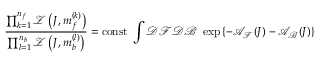
\frac { \prod _ { k = 1 } ^ { n _ { f } } { \mathcal { Z } } \left( J , m _ { f } ^ { ( k ) } \right) } { \prod _ { l = 1 } ^ { n _ { b } } { \mathcal { Z } } \left( J , m _ { b } ^ { ( l ) } \right) } = \mathrm { c o n s t } \; \int { \mathcal { D } } { \mathcal { F } } { \mathcal { D } } { \mathcal { B } } \; \exp \left\{ - { \mathcal { A } } _ { \mathcal { F } } ( J ) - { \mathcal { A } } _ { \mathcal { B } } ( J ) \right\}